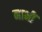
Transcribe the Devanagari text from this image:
नाभीं